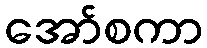
အော်စကာ